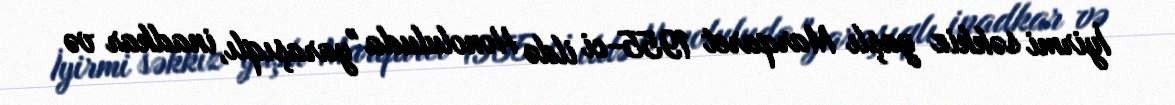
İyirmi səkkiz yaşlı Marqaret 1955-ci ildə Honoluluda "yaraşıqlı, inadkar və